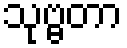
သုဗ္ဗတာ